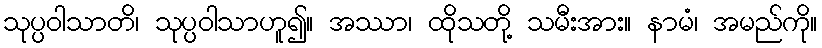
သုပ္ပဝါသာတိ၊ သုပ္ပဝါသာဟူ၍။ အဿာ၊ ထိုသတို့ သမီးအား။ နာမံ၊ အမည်ကို။